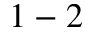
1 - 2